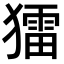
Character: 𤢗